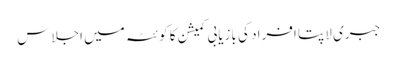
جبری لاپتا افراد کی بازیابی کمیشن کا کوئٹہ میں اجلاس